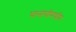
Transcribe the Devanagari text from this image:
पानापॉमपॉम